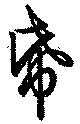
紙